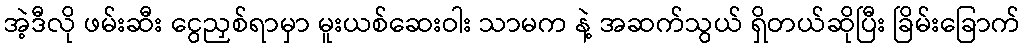
အဲ့ဒီလို ဖမ်းဆီး ငွေညှစ်ရာမှာ မူးယစ်ဆေးဝါး သာမက နဲ့ အဆက်သွယ် ရှိတယ်ဆိုပြီး ခြိမ်းခြောက်